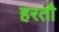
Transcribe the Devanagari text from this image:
हरतौ